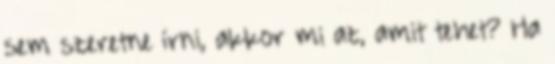
sem szeretne írni, akkor mi az, amit tehet? Ha